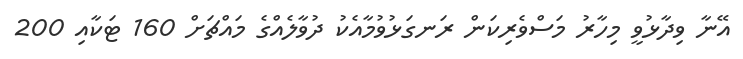
އޭނާ ވިދާޅުވީ މިހާރު މަސްވެރިކަން ރަނގަޅުވުމާއެކު ދުވާލެއްގެ މައްޗަށް 160 ޓަކާއި 200